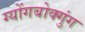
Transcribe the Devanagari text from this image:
ग्योंगबोक्गुंग